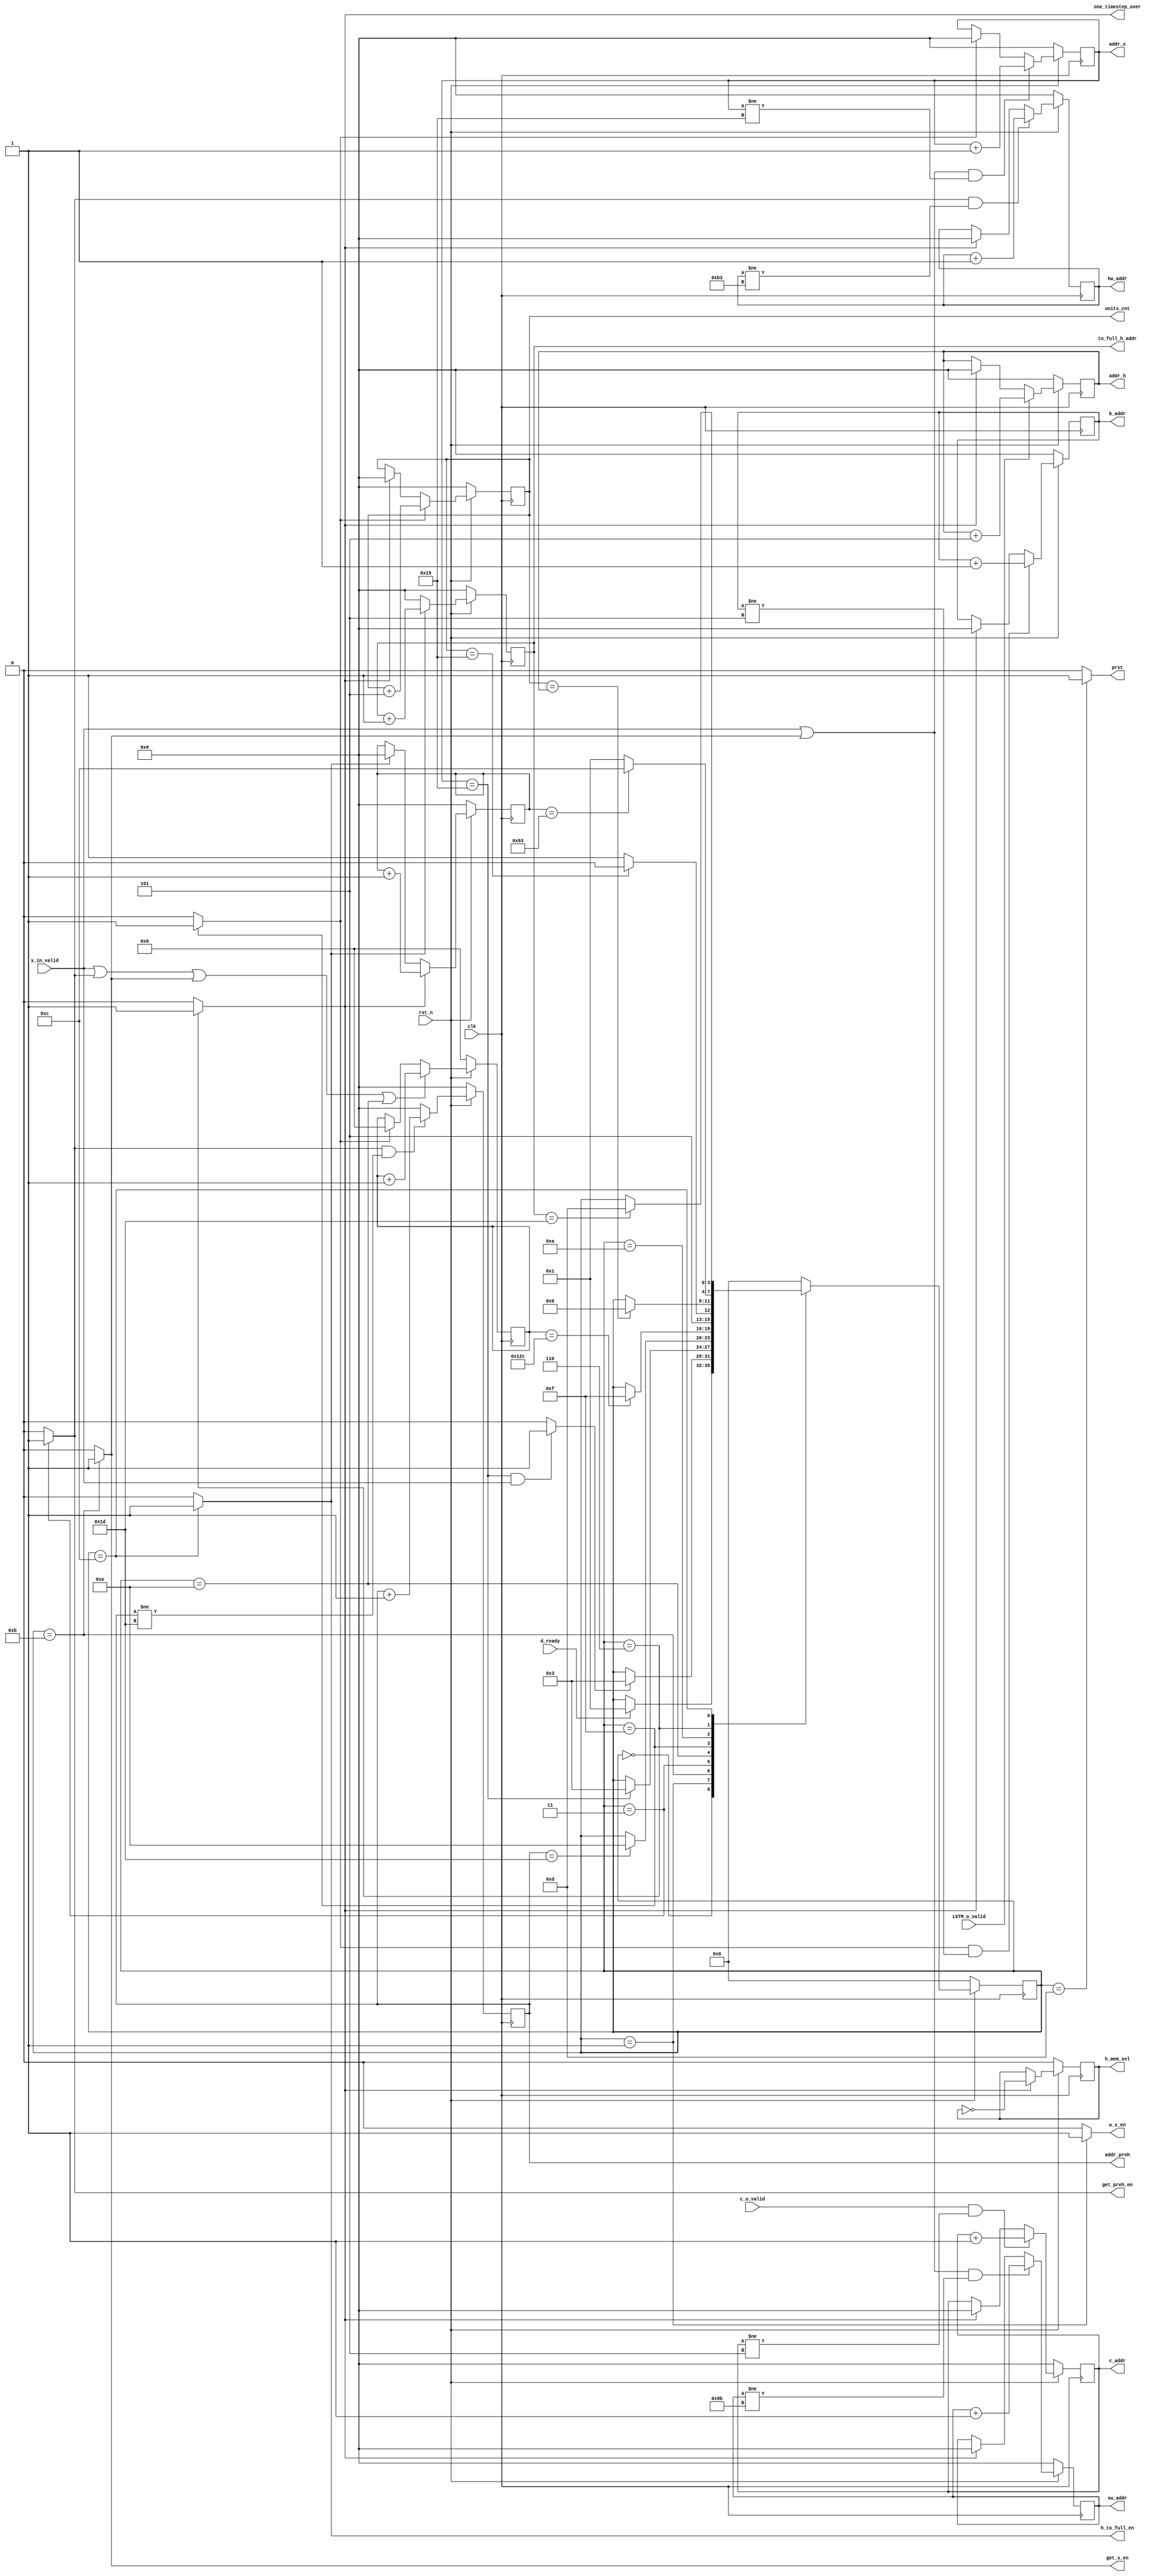
module Control_state #(
   parameter INPUT_SIZE=26,
   parameter UNITS_NUM=5,
   parameter ALL_CELL_NUM=30,
   parameter TIME_STEP=148
)(
   input           clk              , 
   input           rst_n            ,
   input           d_ready          ,
   input           x_in_valid       ,
   input           c_o_valid        ,
   input           LSTM_o_valid     ,

   output          get_x_en         ,  
   output          get_preh_en      ,
   output          one_timestep_over,
   output reg [7:0]addr_x           ,
   output reg [7:0]addr_preh        ,
   output reg [7:0]units_cnt        ,
   output reg [7:0]c_addr           ,
   output reg [7:0]xw_addr          ,
   output reg [7:0]hw_addr          , 
   output reg [7:0]addr_h           ,
   output reg [7:0]b_addr           ,
   output reg      h_mem_sel        ,
   output          w_x_en           ,
   output          h_to_full_en     ,
   output reg [7:0]    to_full_h_addr   ,
   output          prst             
);                                   

localparam IDLE              = 4'b0000;
localparam GET_X_IN          = 4'b0001;
localparam GET_X             = 4'b1011;
localparam GET_H             = 4'b0011;
localparam UNITS_OVER        = 4'b1111;
localparam WAIT_H            = 4'b1010;
localparam ALL_UNITS_OVER    = 4'b0111;
localparam ONE_TIMESTEP_OVER = 4'b0110;
localparam ALL_TIMESTEP_OVER = 4'b0100;
localparam TO_FULL           = 4'b1100;
localparam RESET_HC          = 4'b1101;
localparam WAIT_ACT          = 4'b1110;
reg [3:0] state;
//reg [7:0] addr_x;
//reg [7:0] addr_h;
//reg [7:0] units_cnt;
wire units_over  ;
reg [7:0] time_step_count;
//wire one_timestep_over;
reg [8:0] WAIT_cnt;

always @( posedge clk )
  if(!rst_n)
    WAIT_cnt <= 'h0;
  else if( x_in_valid || get_preh_en || get_x_en || (state==WAIT_ACT) )
    WAIT_cnt <= WAIT_cnt+1'b1;
  else if( units_over )
    WAIT_cnt <= 'h0;

wire get_x_over;

always @( posedge clk  )
  if( !rst_n )
    state <= IDLE;
  else
      case( state )
      IDLE:     begin
              if( d_ready )
                state <= GET_X_IN;
                end
      GET_X_IN: begin
              if( get_x_over )
                state <= GET_H;
            end
      GET_X  : begin
              if( addr_x==INPUT_SIZE-1 )
               state <= GET_H;
            end
      GET_H   : begin
              if( addr_preh == ALL_CELL_NUM-1) 
               state <= WAIT_ACT;
                end
      WAIT_ACT: begin
                if( WAIT_cnt == 'd300 )
                  state <= UNITS_OVER;
                end
      UNITS_OVER : begin
                if( units_cnt == ALL_CELL_NUM-UNITS_NUM)
                  state <= WAIT_H;
	              else 
		              state <= GET_X;
              end
      WAIT_H :begin
                if( units_cnt == addr_h )
		  state <= ONE_TIMESTEP_OVER;
              end
      ONE_TIMESTEP_OVER: begin
                if( time_step_count == TIME_STEP-1 )
		  state <= TO_FULL;
	        else
		  state <= GET_X_IN;	
              end
      TO_FULL   : begin
                if( to_full_h_addr == ALL_CELL_NUM-1 )
                  state <= RESET_HC;
              end
      RESET_HC : begin
                state <= IDLE;
              end
      default : state <= IDLE;
      endcase

//wire get_x_en;
//wire get_h_en;
//wire soft_rst;

assign get_x_en = (state==GET_X)? 1'b1:1'b0;
assign get_preh_en = (state==GET_H)? 1'b1:1'b0;
assign h_to_full_en = (state==TO_FULL)? 1'b1:1'b0;
assign prst     = (state==RESET_HC) ? 1'b1:1'b0;
assign get_x_over = ((addr_x==INPUT_SIZE-1)&&(x_in_valid))? 1'b1:1'b0;
assign w_x_en = ( state == GET_X_IN ) ? 1'b1:1'b0;
assign units_over = (state == UNITS_OVER) ? 1'b1:1'b0;
assign one_timestep_over = ( state == ONE_TIMESTEP_OVER ) ? 1'b1:1'b0;

always @( posedge clk )
  if( !rst_n )
    addr_x <= 8'h00;
  else if( (x_in_valid || get_x_en) && ( addr_x!=INPUT_SIZE-1 ) )
    addr_x <= addr_x+1'b1;
  else if( units_over )
    addr_x <= 8'h00;      

always @( posedge clk )
  if( !rst_n )
    xw_addr <= 'h00;
  else if( (x_in_valid || get_x_en) && ( xw_addr!=INPUT_SIZE*(ALL_CELL_NUM/UNITS_NUM)-1 ) )
    xw_addr <= xw_addr+1'b1;
  else if( one_timestep_over )
    xw_addr <= 'h00;

always @( posedge clk )
  if( !rst_n )
    hw_addr <= 'h00;
  else if( get_preh_en  && ( hw_addr!=ALL_CELL_NUM*(ALL_CELL_NUM/UNITS_NUM)-1 ))
    hw_addr <= hw_addr+1'b1;
  else if( one_timestep_over )
    hw_addr <= 'h00;

always @( posedge clk )
  if( !rst_n )
    addr_preh <= 'h00;
  else if( get_preh_en && (addr_preh!=ALL_CELL_NUM-1))
    addr_preh <= addr_preh+1'b1;
  else 
    addr_preh <= 'h00;	   

always @( posedge clk )
  if( !rst_n )
    addr_h <= 'h00;
  else if( LSTM_o_valid )
    addr_h <= addr_h+UNITS_NUM;
  else if( one_timestep_over )
    addr_h <= 'h00;	    

always @( posedge clk )
  if( !rst_n )
    units_cnt <= 'h00;
  else if( units_over )
    units_cnt <= units_cnt+UNITS_NUM;
  else if( one_timestep_over )
    units_cnt <= 'h00;

always @( posedge clk )
  if( !rst_n )
    b_addr <= 'h00;
  else if( units_over && (b_addr!=ALL_CELL_NUM/UNITS_NUM-1) )
    b_addr <= b_addr+1'b1;
  else if( one_timestep_over )
    b_addr <= 'h00;
//reg [7:0] time_step_count;
always @( posedge clk )
  if( !rst_n )
    time_step_count <= 8'h00;
  else if( one_timestep_over )
    time_step_count <= time_step_count + 1'b1;
  else if( h_to_full_en )
    time_step_count <= 8'b00;

always @( posedge clk )
  if( !rst_n )
    to_full_h_addr <= 8'h00;
  else if( h_to_full_en )
    to_full_h_addr <= to_full_h_addr+1'b1;
  else
    to_full_h_addr <= 8'h00;

always @( posedge clk  )
  if( !rst_n )
    h_mem_sel <= 1'b0;
  else if( one_timestep_over )
    h_mem_sel <= ~h_mem_sel;	  
//assign LSTM_LAST_o_valid = ( time_step_count == TIME_STEP ) ? 1'b1:1'b0;

always @( posedge clk )
  if( !rst_n ) 
    c_addr <= 'h00;
  else if( c_o_valid && c_addr!=ALL_CELL_NUM/UNITS_NUM-1)
    c_addr <= c_addr + 1'b1;
  else if( one_timestep_over )
    c_addr <= 'h00;
  

endmodule